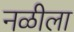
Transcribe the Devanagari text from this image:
नळीला